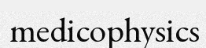
medicophysics